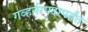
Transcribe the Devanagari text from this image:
गव्हर्नरपदापर्यंत